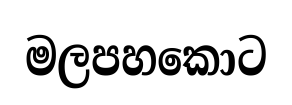
මලපහකොට